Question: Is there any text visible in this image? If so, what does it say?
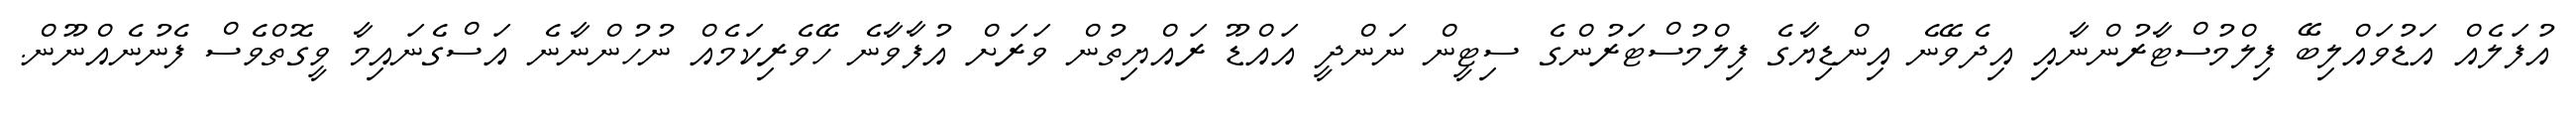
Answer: އުފަލެއް އަޑުވައްލިބޭ ފިލްމުސްޓާރުންނާއި އިދެވޭނެ އިންޑިޔާގެ ފިލްމުސްޓަރުންގެ ސިޓީން ނަންދީ އައްޑޫ ރައްޔިތުން ވަރަށް އުފާވާނެ ހޭވެރިކަމެއް ނުހުންނާނެ އަސްގެނައިމާ ވީގޮތްވެސް ފެނުނެއްނޫން.